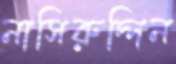
নাসিরুদ্দিন